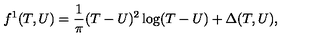
f ^ { 1 } ( T , U ) = { \frac { 1 } { \pi } } ( T - U ) ^ { 2 } \log ( T - U ) + \Delta ( T , U ) ,